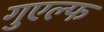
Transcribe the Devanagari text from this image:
गुएल्फ